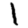
Digit: 1